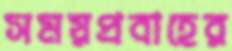
সময়প্রবাহের